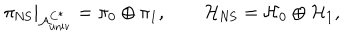
LaTeX: \pi _ { \mathrm { N S } } | _ { { \cal A } _ { \mathrm { u n i v } } ^ { C ^ { * } } } = \pi _ { 0 } \oplus \pi _ { 1 } , \qquad { \cal H } _ { \mathrm { N S } } = { \cal H } _ { 0 } \oplus { \cal H } _ { 1 } ,